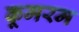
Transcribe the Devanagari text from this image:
कूमरम